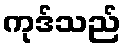
ကုဒ်သည်